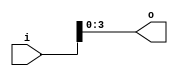
`timescale 1ns / 1ps
//////////////////////////////////////////////////////////////////////////////////
// Company: None
// 
// Design Name: 
// Module Name: DataWidthConvert
// Project Name: 
// Target Devices: 
// Tool Versions: 
// Description: 
// 
// Dependenrgb24es: 
// 
// Revision:
// Revision 0.01 - File Created
// Additional Comments:
// 
//////////////////////////////////////////////////////////////////////////////////


module DataWidthConvert(i, o);

	parameter data_width_in = 32;
	parameter data_width_out = 4;	

	input[data_width_in - 1 : 0] i;
	output[data_width_out - 1 : 0] o;

	generate
		if(data_width_in >= data_width_out) begin
			assign o = i[data_width_in - 1 : 0];
		end else begin 
			assign o = {{data_width_out - data_width_in{1'b0}} ,i};
		end
	endgenerate
endmodule